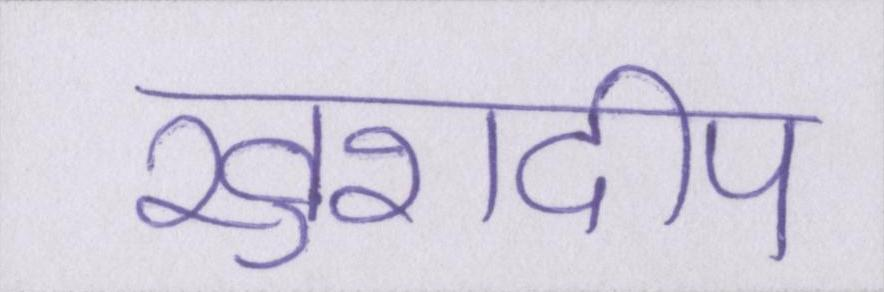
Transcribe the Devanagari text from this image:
खुशदीप